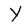
Character: Y